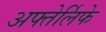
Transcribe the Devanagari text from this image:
अफ्तेर्लिफे